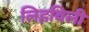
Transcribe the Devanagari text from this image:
लिहविली